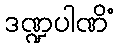
ဒဏ္ဍပါဏိံ